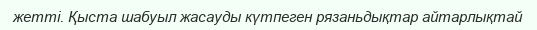
жетті. Қыста шабуыл жасауды күтпеген рязаньдықтар айтарлықтай